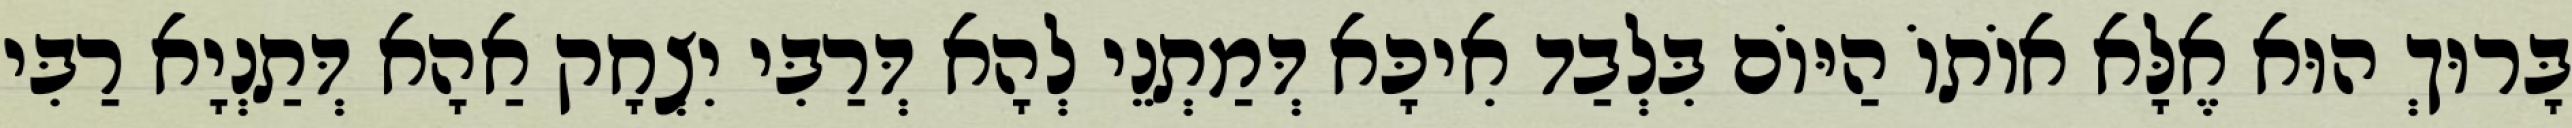
בָּרוּךְ הוּא אֶלָּא אוֹתוֹ הַיּוֹם בִּלְבַד אִיכָּא דְּמַתְנֵי לְהָא דְּרַבִּי יִצְחָק אַהָא דְּתַנְיָא רַבִּי